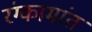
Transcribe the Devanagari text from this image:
रंग्कामांत